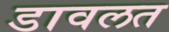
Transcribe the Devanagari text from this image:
डावलत